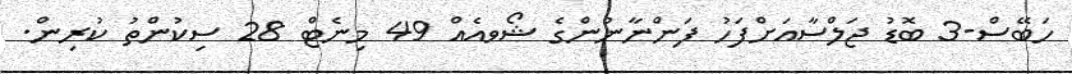
ހަބޭސް-3 ބޮޑު ޖަލްސާއަށްފަހު ފަންނާނުންގެ ޝޯވއެއް 49 މިނެޓް 28 ސިކުންތު ކުރިން.